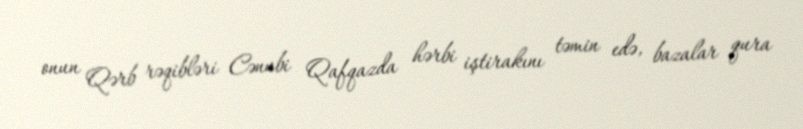
onun Qərb rəqibləri Cənubi Qafqazda hərbi iştirakını təmin edə, bazalar qura